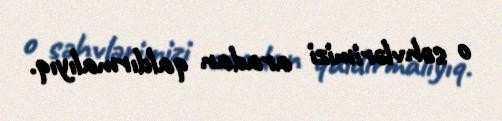
o səhvlərimizi aradan qaldırmalıyıq.